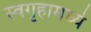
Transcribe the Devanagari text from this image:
स्वगृहामध्ये